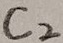
Text: C2